Scottish Leaving Certificate Examination, 1958
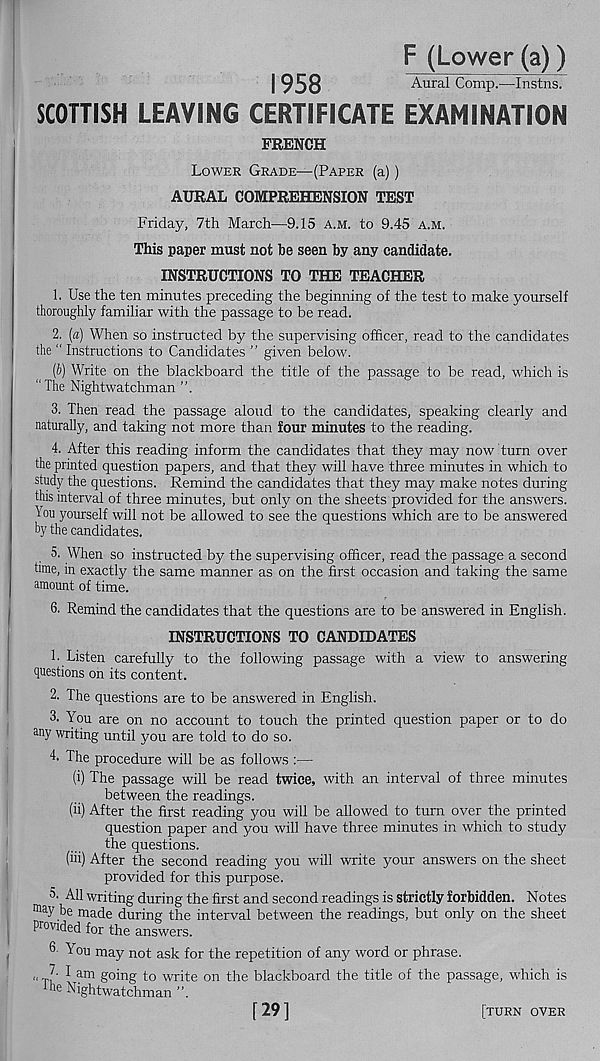
F (Lower (a))
1958
Aural Comp.—Instns.
SCOTTISH LEAVING CERTIFICATE EXAMINATION
FRENCH
Lower Grade—(Paper (a))
AURAL COMPREHENSION TEST
Friday, 7th March—9.15 a.m. to 9.45 a.m.
This paper must not be seen by any candidate.
INSTRUCTIONS TO THE TEACHER
1. Use the ten minutes preceding the beginning of the test to make yourself
thoroughly familiar with the passage to be read.
2. (a) When so instructed by the supervising officer, read to the candidates
the " Instructions to Candidates ” given below.
(b) Write on the blackboard the title of the passage to be read, which is
“ The Nightwatchman
3. Then read the passage aloud to the candidates, speaking clearly and
naturally, and taking not more than four minutes to the reading.
4. After this reading inform the candidates that they may now turn over
the printed question papers, and that they will have three minutes in which to
study the questions. Remind the candidates that they may make notes during
this interval of three minutes, but only on the sheets provided for the answers.
Tou yourself will not be allowed to see the questions which are to be answered
by the candidates.
5. When so instructed by the supervising officer, read the passage a second
time, in exactly the same manner as on the first occasion and taking the same
amount of time.
6. Remind the candidates that the questions are to be answered in English.
INSTRUCTIONS TO CANDIDATES
b Listen carefully to the following passage with a view to answering
questions on its content.
2. The questions are to be answered in English.
3. You are on no account to touch the printed question paper or to do
any writing until you are told to do so.
4- The procedure will be as follows :—
(i) The passage will be read twice, with an interval of three minutes
between the readings.
(ii) After the first reading you will be allowed to turn over the printed
question paper and you will have three minutes in which to study
the questions.
(iii) After the second reading you will write your answers on the sheet
provided for this purpose.
5. All writing during the first and second readings is strictly forbidden. Notes
ma y be made during the interval between the readings, but only on the sheet
provided for the answers.
6 - You may not ask for the repetition of any word or phrase.
„ 7. I am going to write on the blackboard the title of the passage, which is
the Nightwatchman ”.
[ 29 ]
[turn over